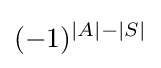
(-1)^{|A|-|S|}